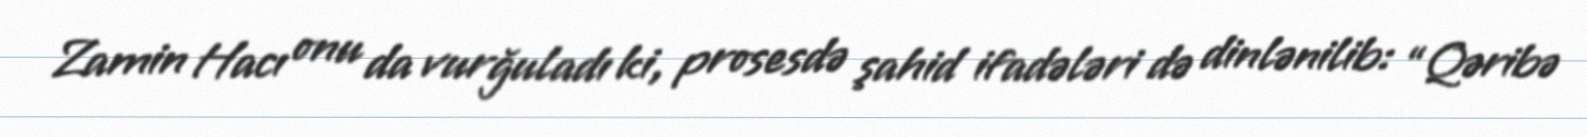
Zamin Hacı onu da vurğuladı ki, prosesdə şahid ifadələri də dinlənilib: “Qəribə